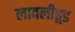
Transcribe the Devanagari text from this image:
लावलीहूड